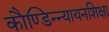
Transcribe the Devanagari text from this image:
काैण्डिन्न्यायनशिक्षा